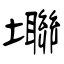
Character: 壣